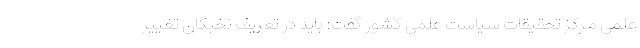
علمی مرکز تحقیقات سیاست علمی کشور گفت: باید در تعریف نخبگان تغییر